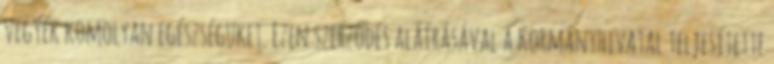
vegyék komolyan egészségüket. Ezen szerződés aláírásával a Kormányhivatal teljesítette